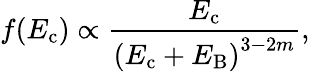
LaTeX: f(E_{\mathrm{c}})\propto\frac{E_{\mathrm{c}}}{\left(E_{\mathrm{c}}+E_{\mathrm{B}}\right)^{3-2m}},